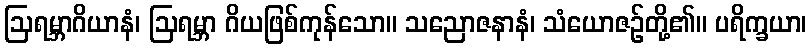
ဩရမ္ဘာဂိယာနံ၊ ဩရမ္ဘာ ဂိယဖြစ်ကုန်သော။ သညောဇနာနံ၊ သံယောဇဉ်တို့၏။ ပရိက္ခယာ၊